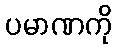
ပမာဏကို